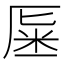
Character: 𠩽